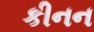
કીનન